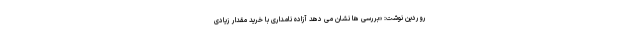
روردین نوشت: «بررسی ها نشان می دهد آزاده نامداری با خرید مقدار زیادی